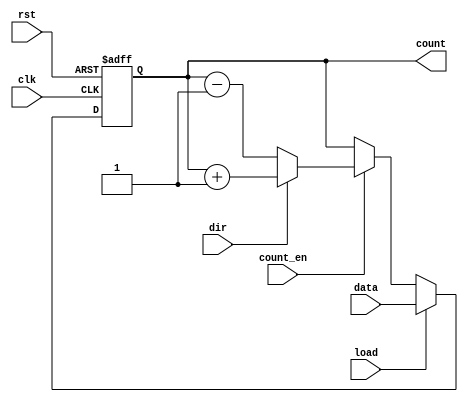
module synchronous_load_counter (
    input  wire clk,        // Clock signal
    input  wire rst,        // Reset signal
    input  wire load,       // Load signal
    input  wire [7:0] data, // Data input for loading value (8-bit wide)
    input  wire count_en,   // Count enable signal
    input  wire dir,        // Counting direction (1 for up, 0 for down)
    output reg [7:0] count  // Current count value (8-bit wide)
);

// Synchronous counter logic
always @(posedge clk or posedge rst) begin
    if (rst) begin
        count <= 8'b00000000; // Reset count to 0
    end else if (load) begin
        count <= data;        // Load specified value into the counter
    end else if (count_en) begin
        if (dir) begin
            count <= count + 1; // Increment count
        end else begin
            count <= count - 1; // Decrement count
        end
    end
end

endmodule